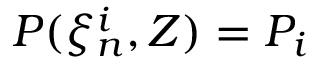
P ( \xi _ { n } ^ { i } , Z ) = P _ { i }